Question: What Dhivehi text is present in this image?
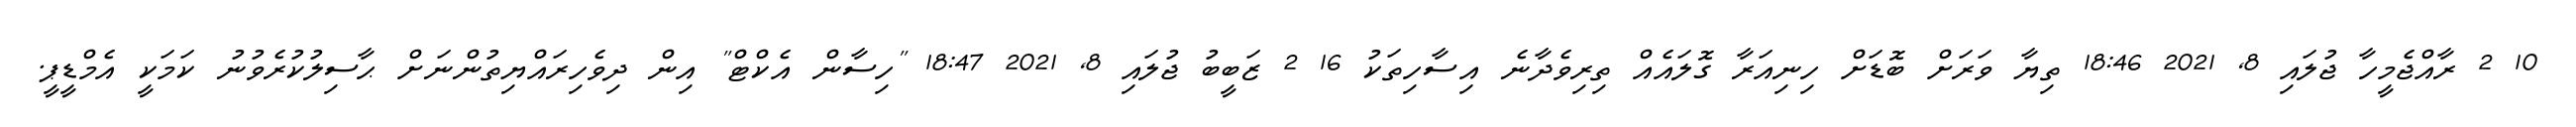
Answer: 10 2 ރާއްޖެމީހާ ޖުލައި 8, 2021 18:46 ތިޔާ ވަރަށް ބޮޑަށް ހިނިއަރާ ގޮލައެއް ތިރިވެދާނެ އިސާހިތަކު 16 2 ޒަބީބު ޖުލައި 8, 2021 18:47 "ހިސާން އެކްޓް" އިން ދިވެހިރައްޔިތުންނަށް ޙާސިލުކުރެވުނު ކަމަކީ އެމްޑީޕީ.